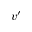
v ^ { \prime }